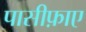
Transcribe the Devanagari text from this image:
पासीफ़ाए